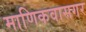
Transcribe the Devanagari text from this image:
माणिकवासगर